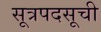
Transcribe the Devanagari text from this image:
सूत्रपदसूची